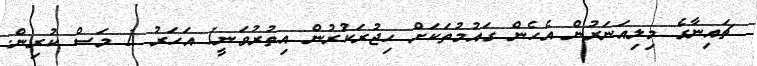
ޗައިނާގެ މިލިއަނަރުން އެހެން ގައުމުތަކަށް ހިޖުރަކުރުން އިތުރުވަނީ1 އަހަރު 1 މަސް ކުރިން.